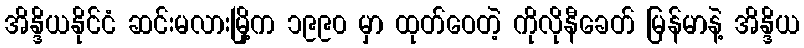
အိန္ဒိယနိုင်ငံ ဆင်းမလားမြို့က ၁၉၉၀ မှာ ထုတ်ဝေတဲ့ ကိုလိုနီခေတ် မြန်မာနဲ့ အိန္ဒိယ